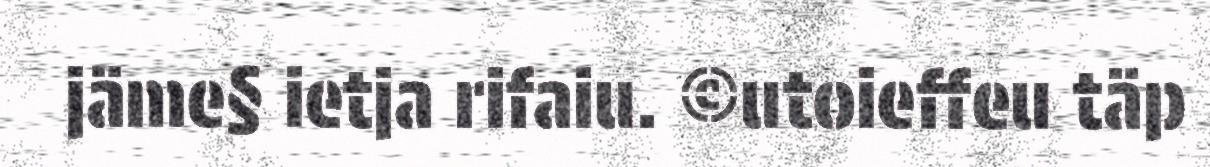
jäme§ ietja rifaiu. ©utoieffeu täp